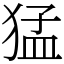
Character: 猛